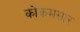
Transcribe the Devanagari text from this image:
कोकमसार